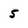
Character: 5